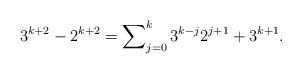
LaTeX: \begin{align*}3^{k+2}-2^{k+2}=\sum\nolimits_{j=0}^{k}3^{k-j}2^{j+1}+3^{k+1}.\end{align*}